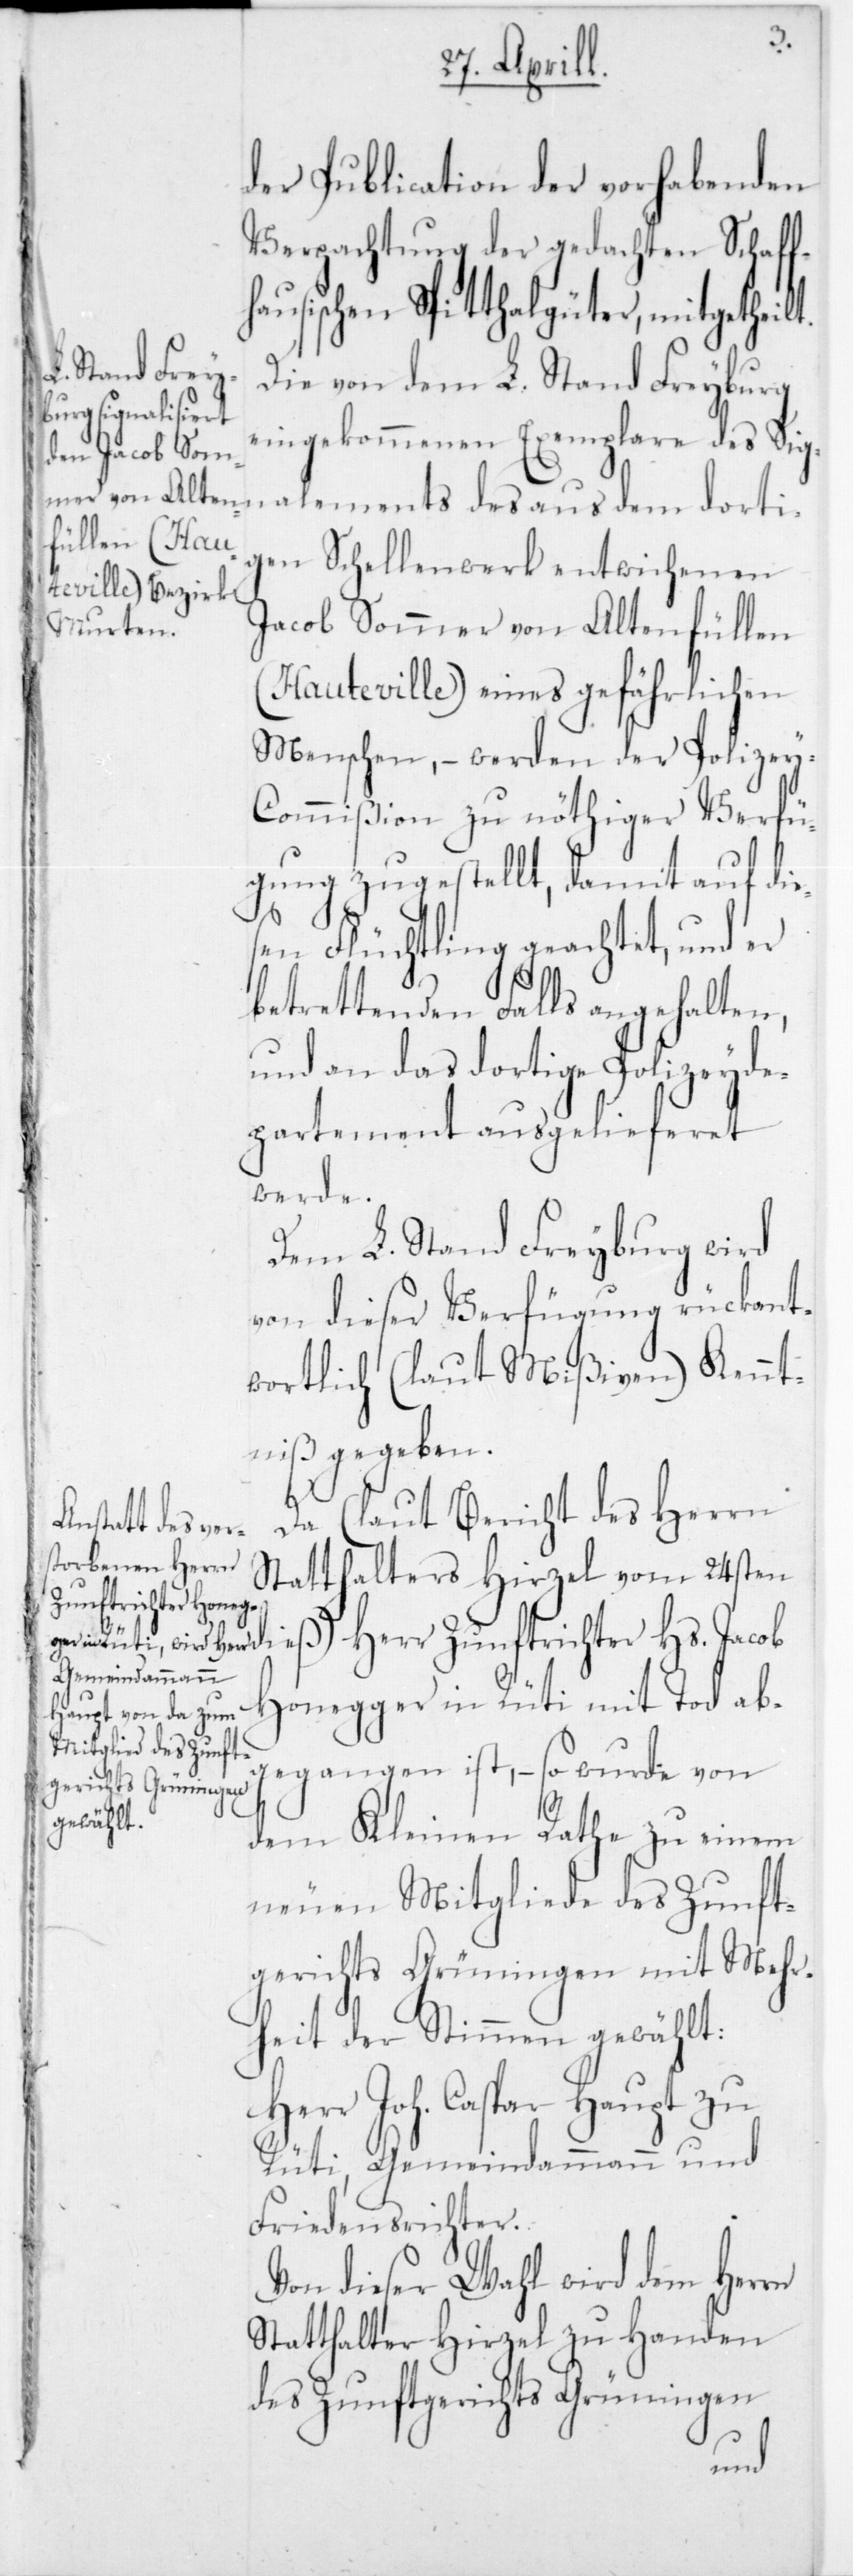
der Publication der vorhabenden
Verpachtung der gedachten Schaff¬
hausischen Spitthalgüter, mitgetheil¬
Die von dem L. Stand Freyburg
eingekommenen Exemplare des Sig¬
nalements des aus dem dorti¬
gen Schellenwerk entwichenen
Jacob Sommer von Altenfüllen
(Hauteville) eines gefährlichen
Menschen, – werden der Polizey-C¬
ommißion zu nöthiger Verfü¬
gung zugestellt, damit auf die¬
sen Flüchtling geachtet, und er
betrettenden Falls angehalten,
und an das dortige Polizeyde¬
partement ausgelieferet
werde.
Dem L. Stand Freyburg wird
von dieser Verfügung rückant¬
wortlich (laut Mißiven) Kennt¬
niß gegeben.
t.
Da (laut Bericht des Herrn
Statthalters Hirzel vom 24ste¬
n dieß) Herr Zunftrichter Hs. Jacob
Honegger in Rüti mit Tod ab¬
gegangen ist, – so wurde von
dem Kleinen Rathe zu einem
neuen Mitgliede des Zunft¬
gerichts Grüningen mit Mehr¬
heit der Stimmen gewählt:
Herr Joh. Caspar Haupt zu
Rüti, Gemeindammann und
Friedensrichter.
Von dieser Wahl wird dem Herrn
Statthalter Hirzel zu Handen
des Zunftgerichts Grüningen